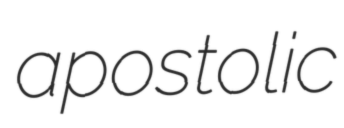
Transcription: apostolic